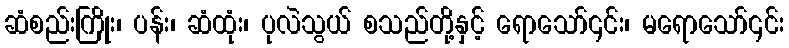
ဆံစည်းကြိုး၊ ပန်း၊ ဆံထုံး၊ ပုလဲသွယ် စသည်တို့နှင့် ရောသော်၎င်း၊ မရောသော်၎င်း